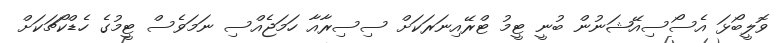
ވޮލީބޯޅަ އެސޯސިއޭޝަނުން ބުނީ ޓީމު ޓްރޭއިނަރަކަށް ސިސިރާއާ ހަމަޖެއްސި ނަމަވެސް ޓީމުގެ ހެޑްކޯޗަކަށް